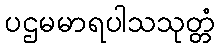
ပဌမမာရပါသသုတ္တံ